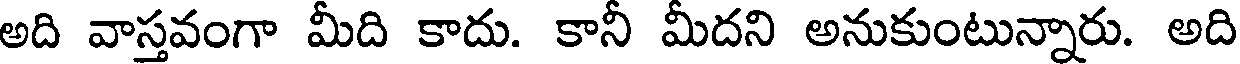
అది వాస్తవంగా మీది కాదు. కానీ మీదని అనుకుంటున్నారు. అది